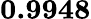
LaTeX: \mathbf{0.9948}